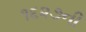
૧૬૨૭ની